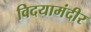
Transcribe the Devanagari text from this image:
विदयामंदीर